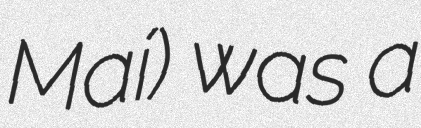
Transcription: Maí) was a